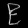
Digit: ၉